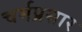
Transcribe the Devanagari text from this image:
चर्मप्रसार